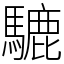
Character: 騼